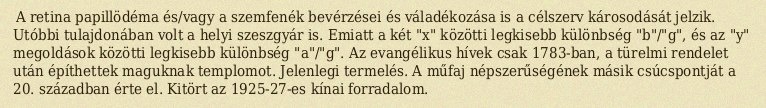
A retina papillödéma és/vagy a szemfenék bevérzései és váladékozása is a célszerv károsodását jelzik. Utóbbi tulajdonában volt a helyi szeszgyár is. Emiatt a két "x" közötti legkisebb különbség "b"/"g", és az "y" megoldások közötti legkisebb különbség "a"/"g". Az evangélikus hívek csak 1783-ban, a türelmi rendelet után építhettek maguknak templomot. Jelenlegi termelés. A műfaj népszerűségének másik csúcspontját a 20. században érte el. Kitört az 1925-27-es kínai forradalom.